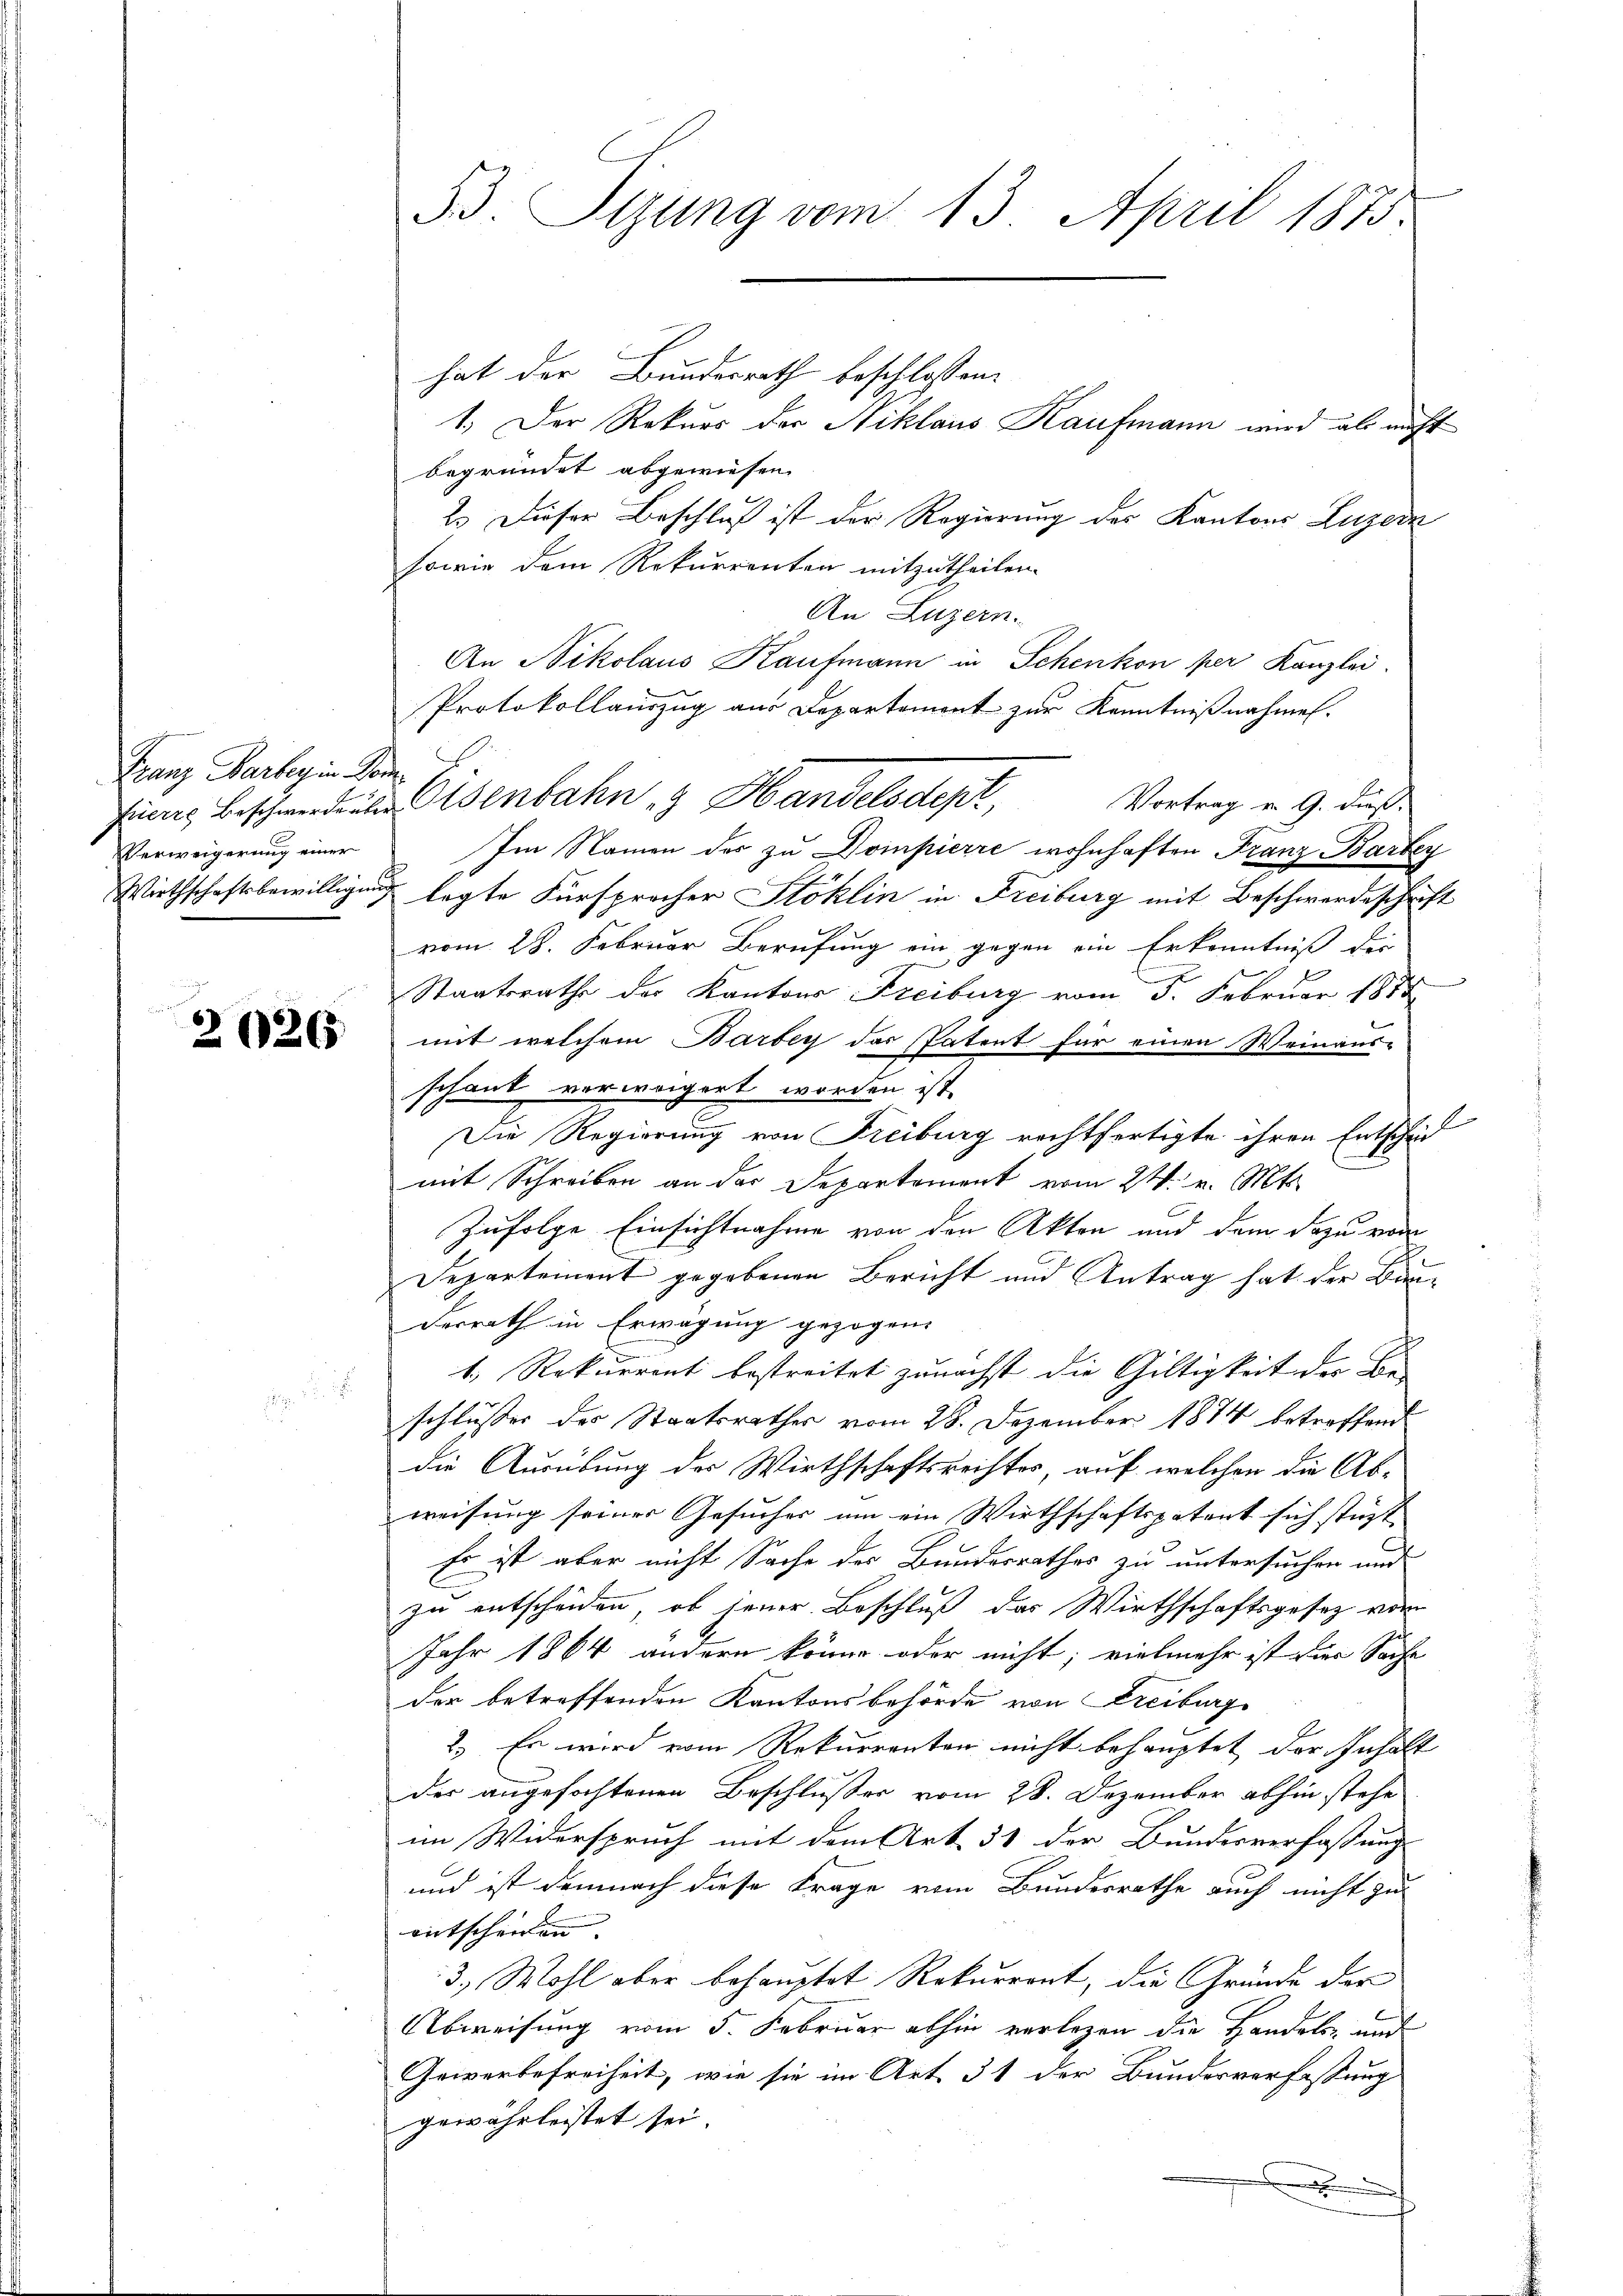
Franz Barbey in Kom
Verweigerung einer

2026

hat der Bundesrath beschlossen:
1.) Der Rekurs der Niklaus Kaufmann wird als nicht
begründet abgewiesen.
2. Dieser Beschluß ist der Regierung des Kantons Luzern
sowie dem Rekurrenten mitzutheilen.
An Luzern.
An Nikolaus Kaufmann in Schenkon per Kanzlei.
Protokollauszug aus Departement zur Kenntnißnahmen.
Vortrag v. 9. dieß.
tiers beschwerdenten Osenbahn & Handelsdept,
Im Namen der zu Dompierre wohnhaften Franz Bartey
Wirthschaftsbewilligung legte Fürsprocher Stoklin in Freiburg mit Beschwerdeschrift
vom 28. Februar Berufung ein gegen ein Erkenntniß der
Staatsrathe der Kantons Freiburg vom 5. Februar 1815
mit welchem Barbey das Patent für einen Weinaus-
schank verweigert worden ist.
Die Regierung von Freiburg rechtfertigte ihren Entscheid
mit Schreiben an der Departement vom 24. v. Mts.
Zufolge Einsichtnahme von den Akten und dem dazu vo
Departement gegebenen Bericht und Antrag hat der Bauderrath in Erwägung gezogen.
1. Rekurrent bestreitet zunächst die Gültigkeit der Be-
schlusser des Staatsrathes vom 28. Dezember 1874 betreffend
die Ausübung der Wirthschaftsrechter, auf welchen die Abweisung seiner Gesucher um ein Wirthschaftspatent sich stüzt
Es ist aber nicht Sache des Bundesrathes zu untersuchen und
zu entscheiden, ob jener Beschluß der Wirthschaftsgesetz vom
Jahr 1864 andern könne oder nicht; vielmehr ist der Sache
der betreffenden Kantonsbehörde von Freiburg
2.) Es wird vom Rekurrenten nicht behauptet der Inhalt
der angefochtenen Beschlußes vom 28. Dezember abhin stehe
im Widerspruch mit dem Art. 51 der Bundesverfassungs
und ist demnach diese Frage vom Bundesrathe auch nicht zu
entscheiden. |
3., Wohl aber behauptet Rekurrent, die Gründe der
Abweisung vom 5. Februar abhin verlegen die Handels und
Gewerbefreiheit, wie sie im Art. 31 der Bundesverfassung
gewährleistet sei.

53. Sitzung vom 13. April 1875.